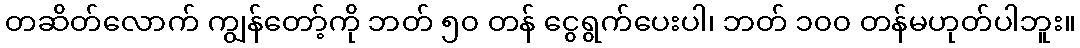
တဆိတ်လောက် ကျွန်တော့်ကို ဘတ် ၅၀ တန် ငွေရွက်ပေးပါ၊ ဘတ် ၁၀၀ တန်မဟုတ်ပါဘူး။